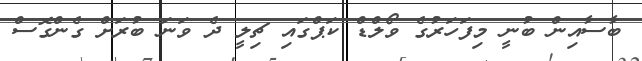
ބާސާއިން ބުނީ މިފަހަރުގެ ވޯލްޑް ކަޕްގައި ޗިލީ ދެ ވަނަ ބުރަށް ގެންގޮސް